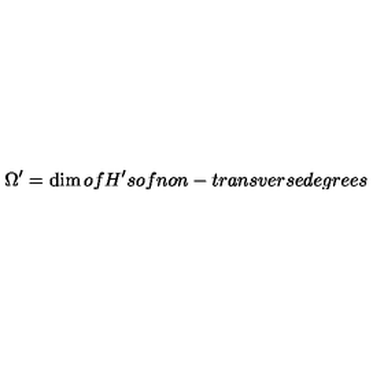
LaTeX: \Omega ^ { \prime } = \dim o f H ^ { \prime } s o f n o n - t r a n s v e r s e d e g r e e s